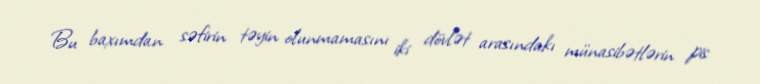
Bu baxımdan səfirin təyin olunmamasını iki dövlət arasındakı münasibətlərin pis